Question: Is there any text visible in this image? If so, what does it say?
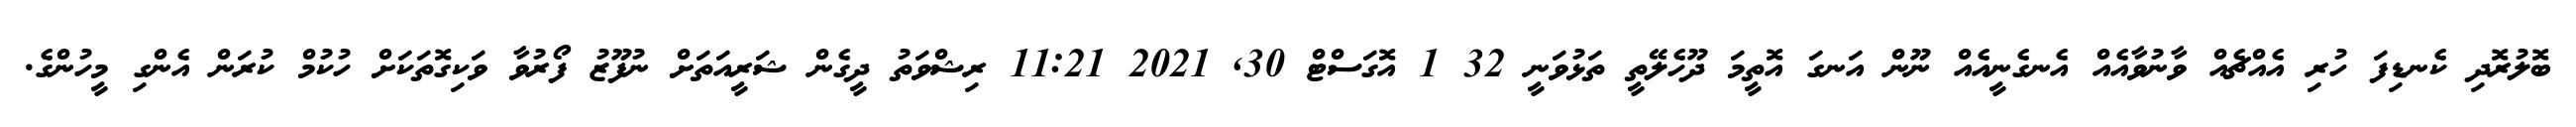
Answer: ބޮލުރޮދި ކެނޑިފަ ހުރި އެއްޗެއް ވާނުވާއެއް އެނގެނީއެއް ނޫން އަނގަ އޮތީމަ ދޫހެލޭތީ ތަޅުވަނީ 32 1 އޮގަސްޓް 30, 2021 11:21 ރިޝްވަތު ދީގެން ޝަރީއަތަށް ނުފޫޒު ފޯރުވާ ވަކިގޮތަކަށް ހުކުމް ކުރަން އެންގި މީހުންގެ.